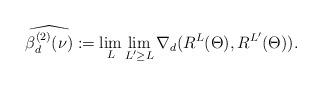
LaTeX: \begin{align*} \widehat{\beta_d^{(2)}(\nu)}:=\lim_{L} \lim_{L' \geq L} \nabla_d(R^{L}(\Theta),R^{L'}(\Theta)).\end{align*}